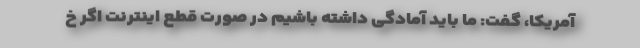
آمریکا، گفت: ما باید آمادگی داشته باشیم در صورت قطع اینترنت اگر خ